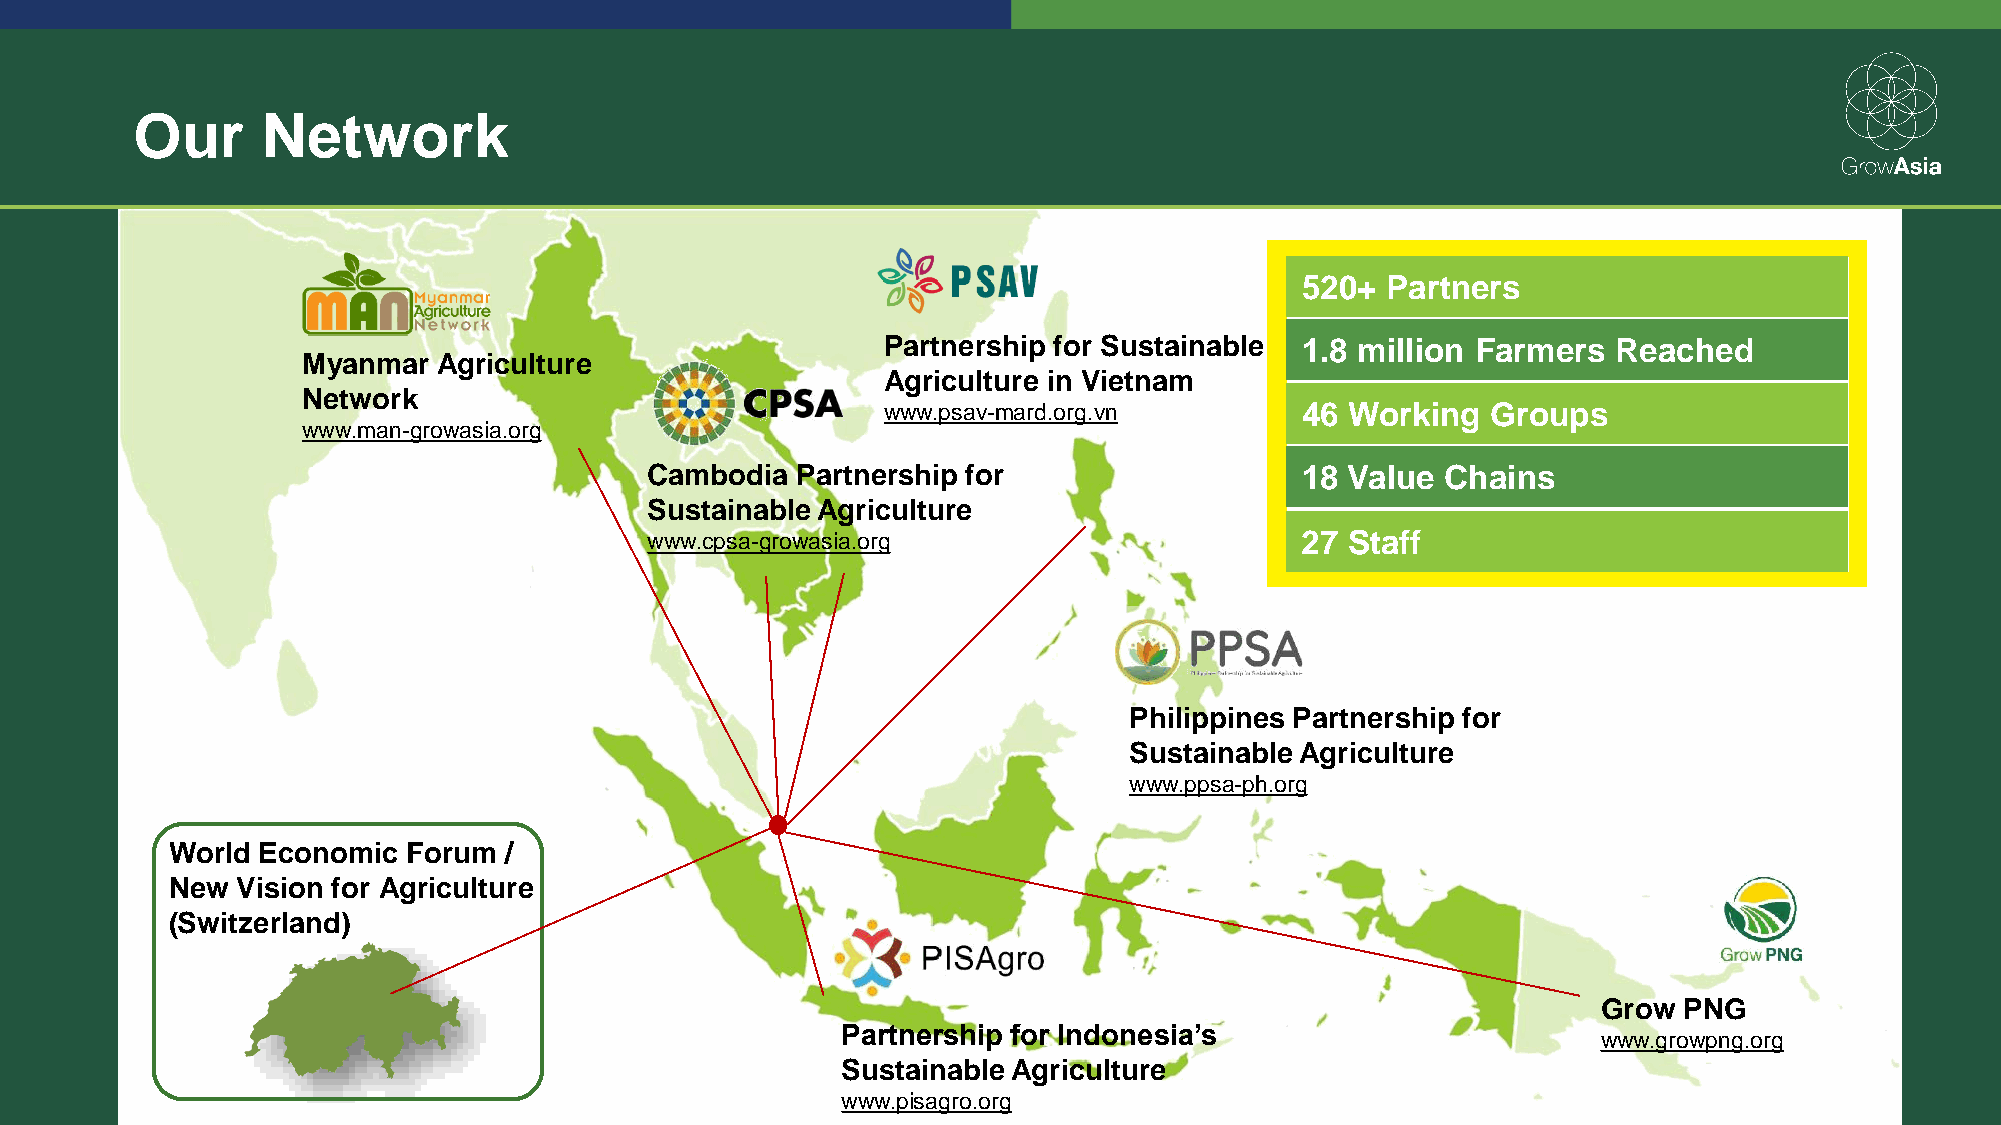
Our     Network
 520+  Partners
 Partnership for Sustainable 1.8 million Farmers  Reached
 Myanmar  Agriculture
 Agriculture in Vietnam
 Network
 www.psav-mard.org.vn        46 Working   Groups
 www.man-growasia.org
 Cambodia  Partnership for                  18 Value  Chains
 Sustainable Agriculture
 www.cpsa-growasia.org                      27 Staff
 Philippines Partnership for
 Sustainable Agriculture
 www.ppsa-ph.org
 World Economic  Forum /
 New  Vision for Agriculture
 (Switzerland)
 Grow PNG
 Partnership for Indonesia’s
 www.growpng.org
 Sustainable Agriculture
 www.pisagro.org